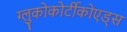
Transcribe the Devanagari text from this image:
ग्लुकोकोर्टीकोएड्स